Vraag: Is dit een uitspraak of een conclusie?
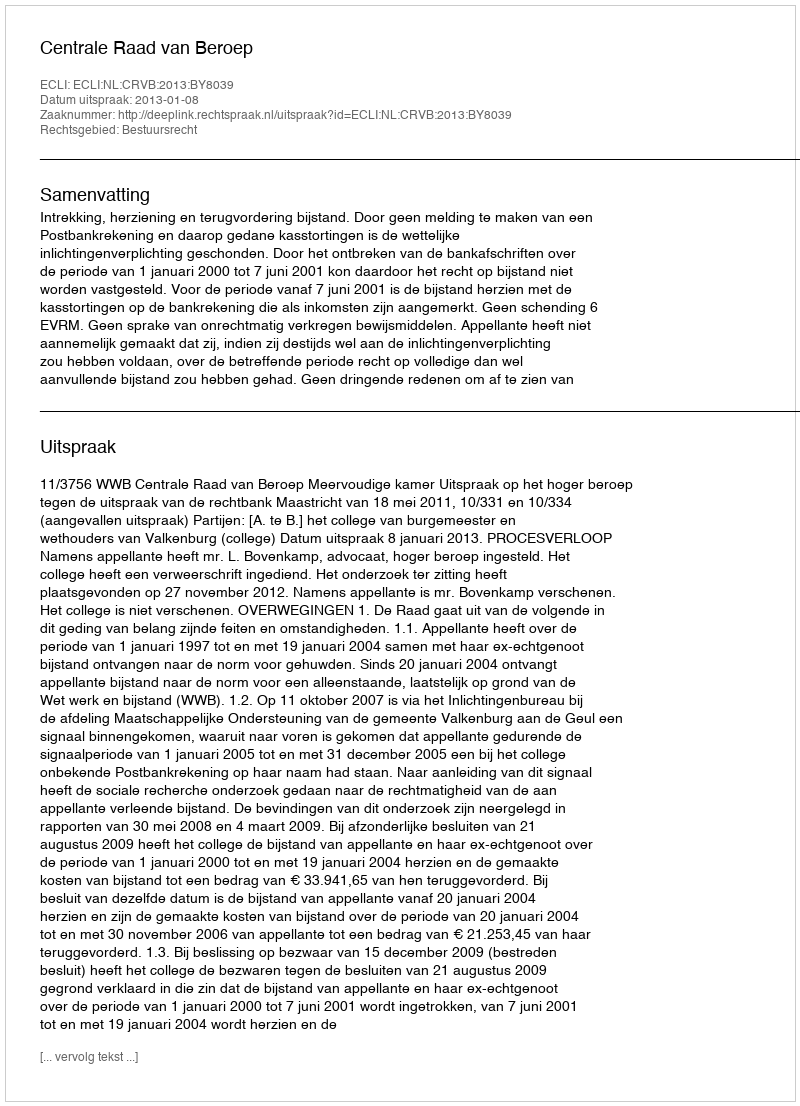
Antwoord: Uitspraak